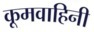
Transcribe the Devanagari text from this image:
कूमवाहिनी